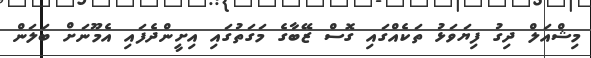
މިޝްއަލް ދިގު ފިޔަވަޅު ތަކެއްގައި ގޮސް ޒޭބާގެ މަގަތުގައި އިށީންދެފައި އެމޫނަށް ބަލަން